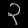
Digit: ၃